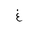
Letter: _gayn